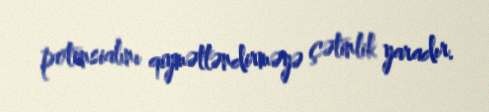
potensialını qiymətləndirməyə çətinlik yaradır.